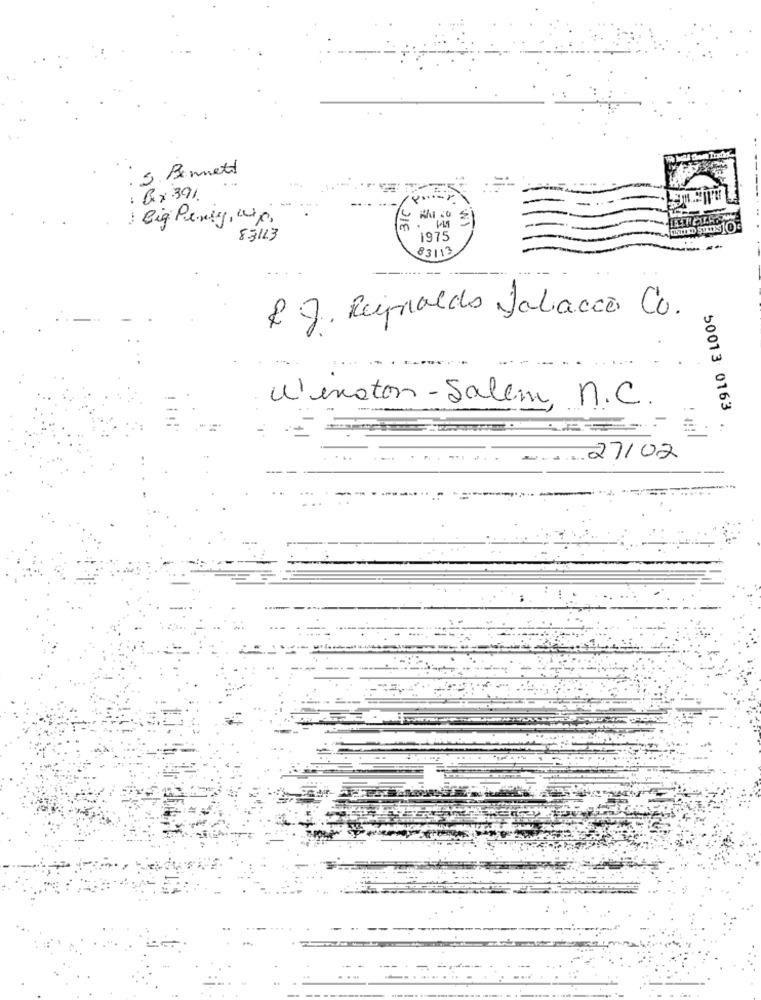
5. Bennett
: Bx 391.
Big Party wp
DIE
83113
1975
83113
...
& J. Reinaldo Valiação Co.
Winston- Salem, n.C.
50013 0163
. . .. 27/02